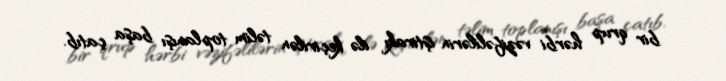
bir qrup hərbi vəzifəlilərin iştirakı ilə keçirilən təlim toplanışı başa çatıb.